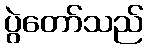
ပွဲတော်သည်